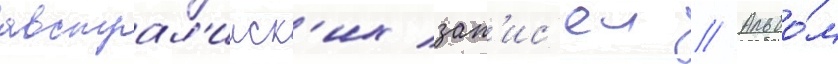
австрал'ииск'их зап'ис'еи // Альбо́м